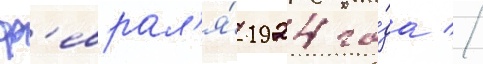
ф'еврал'я́ 1924 го́да //